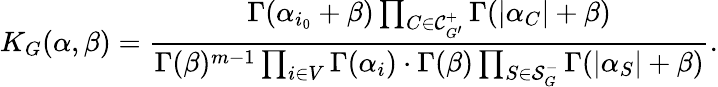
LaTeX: K_{G}(\alpha,\beta)=\frac{\Gamma(\alpha_{i_{0}}+\beta)\prod_{C\in\mathcal{C}_{G^{\prime}}^{+}}\Gamma(|\alpha_{C}|+\beta)}{\Gamma(\beta)^{m-1}\prod_{i\in V}\Gamma(\alpha_{i})\cdot\Gamma(\beta)\prod_{S\in\mathcal{S}_{G}^{-}}\Gamma(|\alpha_{S}|+\beta)}.